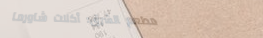
مطعم الشرق: أكلات شاورما